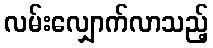
လမ်းလျှောက်လာသည့်